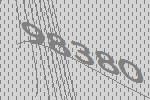
98380